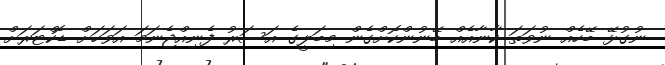
ނުގުޅޭ ބޭހެއް ނުވަތަ ކާނާއެއް ބޭނުންކޮށްގެން މިބަލީގެ އަސަރު ފެނިއްޖެނަމަ އަވަހަށް ޑޮކްޓަރަށް